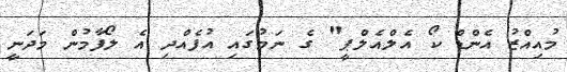
މުއިއްޒު އެންޑް ކޯ އެލްއެލްޕީ" ގެ ނަމުގައި އުފެއްދި އެ ލޯފާމުން މަދަނީ